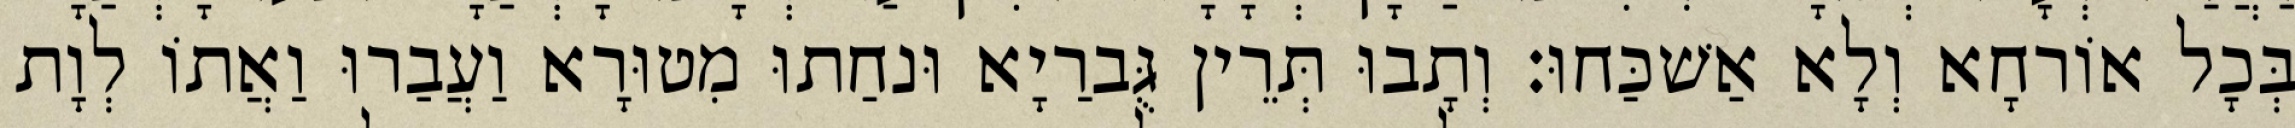
בְּכָל אוֹרחָא וְלָא אַשׁכַּחוּ׃ וְתָבוּ תְּרֵין גֻּברַיָא וּנחַתוּ מִטוּרָא וַעֲבַרוּ וַאֲתוֹ לְוָת